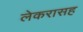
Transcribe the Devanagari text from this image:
लेकरासह